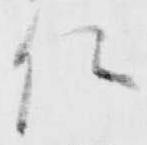
位